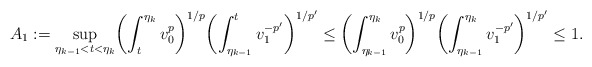
\begin{align*}A_{1}:=\sup_{\eta_{k-1}<t<\eta_k}\biggl(\int_t^{\eta_k} v_0^{p}\biggr)^{1/p}\biggl(\int_{\eta_{k-1}}^t v_1^{-p'}\biggr)^{1/p'}\le\biggl(\int_{\eta_{k-1}}^{\eta_k} v_0^{p}\biggr)^{1/p}\biggl(\int_{\eta_{k-1}}^{\eta_{k}} v_1^{-p'}\biggr)^{1/p'}\le 1.\end{align*}